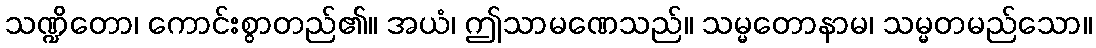
သဏ္ဍိတော၊ ကောင်းစွာတည်၏။ အယံ၊ ဤသာမဏေသည်။ သမ္မတောနာမ၊ သမ္မတမည်သော။